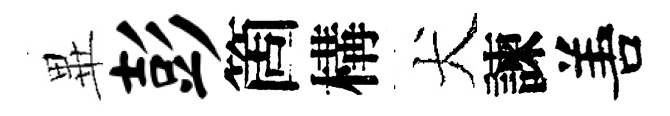
𭺾彭箇構犬諫𠵊